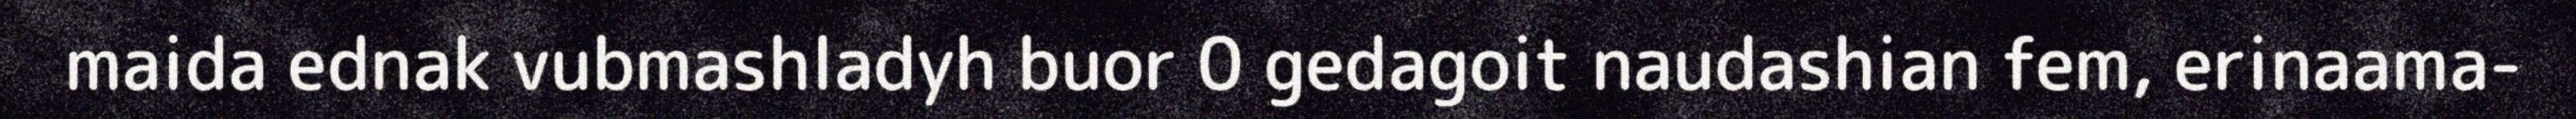
maida ednak vubmashladyh buor 0 gedagoit naudashian fem, erinaama-